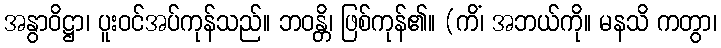
အနွာဝိဋ္ဌာ၊ ပူးဝင်အပ်ကုန်သည်။ ဘဝန္တိ၊ ဖြစ်ကုန်၏။ (ကိံ၊ အဘယ်ကို။ မနသိ ကတွာ၊